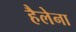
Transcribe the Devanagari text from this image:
हैलेना